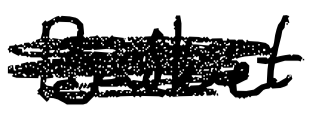
Text: Basket
Cross-out: scratch
Writing tool: digital_black